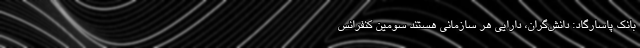
بانک پاسارگاد: دانش‌گران، دارایی‌ هر سازمانی هستند سومین کنفرانس